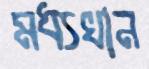
মধ্যখান